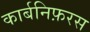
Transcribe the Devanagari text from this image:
कार्बनिफ़रस